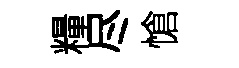
糧尽愴